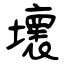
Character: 壞